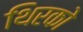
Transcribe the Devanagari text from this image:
थिरको